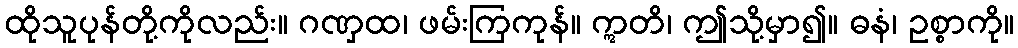
ထိုသူပုန်တို့ကိုလည်း။ ဂဏှထ၊ ဖမ်းကြကုန်။ ဣတိ၊ ဤသို့မှာ၍။ ဓနံ၊ ဥစ္စာကို။